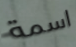
اسمة